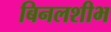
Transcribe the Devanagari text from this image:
बिनलशीभ